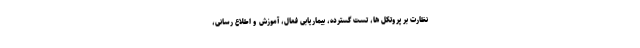
نظارت بر پروتکل ها، تست گسترده، بیماریابی فعال، آموزش و اطلاع رسانی،